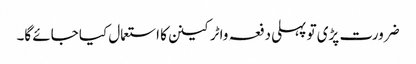
ضرورت پڑی تو پہلی دفعہ واٹرکینن کا استعمال کیا جائے گا۔